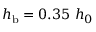
h _ { \mathrm { b } } = 0 . 3 5 ~ h _ { 0 }